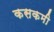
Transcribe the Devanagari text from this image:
कसकमी